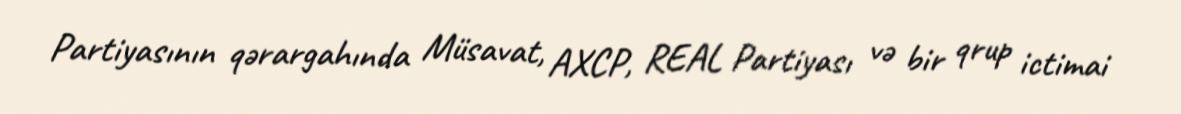
Partiyasının qərargahında Müsavat, AXCP, REAL Partiyası və bir qrup ictimai